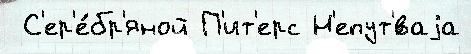
 С'ер'е́бр'яной П'ит'ерс Н'епут'́ваjа